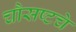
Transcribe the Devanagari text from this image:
चौसष्टचे